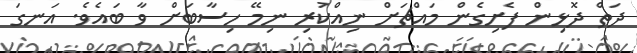
ދަތް ދޮޅިން ފެށިގެން މައްޗަށް ނިއްކުރި ނިމޭ ހިސާބަށް ވާ ބައެވެ. އަނގަ